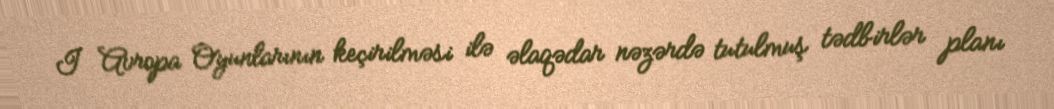
I Avropa Oyunlarının keçirilməsi ilə əlaqədar nəzərdə tutulmuş tədbirlər planı